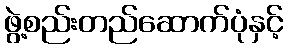
ဖွဲ့စည်းတည်ဆောက်ပုံနှင့်